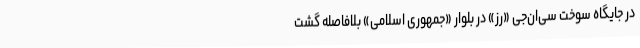
در جایگاه سوخت سی‌ان‌جی «رز» در بلوار «جمهوری اسلامی» بلافاصله گشت